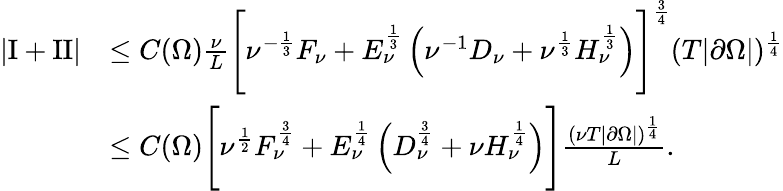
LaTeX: \begin{array}{rl}{\left\lvert\mathrm I+\mathrm{II}\right\rvert}&{\le C(\Omega)\frac\nu L\Biggl[\nu^{-\frac 13}F_{\nu}+E_{\nu}^{\frac 13}\left(\nu^{-1}D_{\nu}+\nu^{\frac 13}H_{\nu}^{\frac 13}\right)\Biggr]^{\frac 34}(T|\partial\Omega|)^{\frac 14}}\\ &{\le{C(\Omega)}\Biggl[\nu^{\frac 12}F_{\nu}^{\frac 34}+E_{\nu}^{\frac 14}\left(D_{\nu}^{\frac 34}+\nu H_{\nu}^{\frac 14}\right)\Biggr]\frac{(\nu T|\partial\Omega|)^{\frac 14}}L.}\end{array}